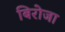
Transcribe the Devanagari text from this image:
बिरोजा